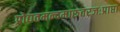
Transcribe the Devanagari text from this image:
प्रोद्यतमन्दमारुतरजःप्राप्ता